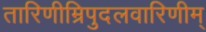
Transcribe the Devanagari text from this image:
तारिणीम्रिपुदलवारिणीम्